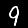
Digit: 9